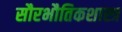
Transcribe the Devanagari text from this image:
सौरभौतिकशास्त्र